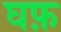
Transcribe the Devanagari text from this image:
घफ़